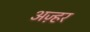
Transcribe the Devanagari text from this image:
अज़्हर